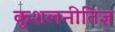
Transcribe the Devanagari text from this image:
कुशलनीतिज्ञ